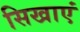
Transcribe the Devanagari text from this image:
सिखाएं